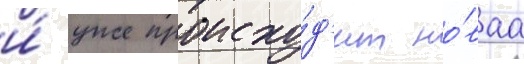
и́ уже происхо́д'ит но́ваа